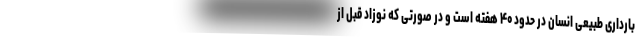
بارداری طبیعی انسان در حدود ۴۰ هفته است و در صورتی که نوزاد قبل از